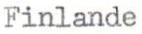
Finlande